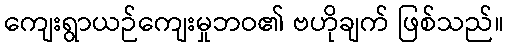
ကျေးရွာယဉ်ကျေးမှုဘဝ၏ ဗဟိုချက် ဖြစ်သည်။